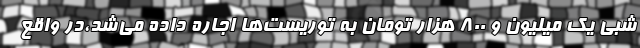
شبی یک میلیون و ۸۰۰ هزار تومان به توریست‌ها اجاره داده می‌شد،در واقع